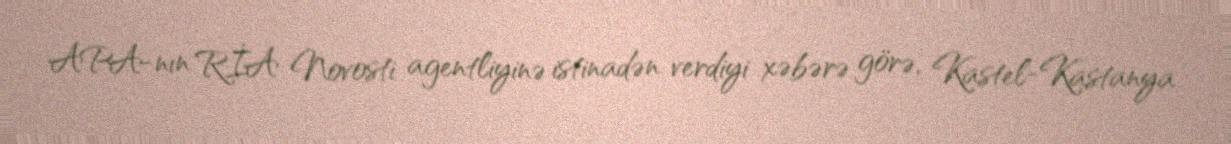
APA-nın RİA Novosti agentliyinə istinadən verdiyi xəbərə görə, Kastel-Kastanya